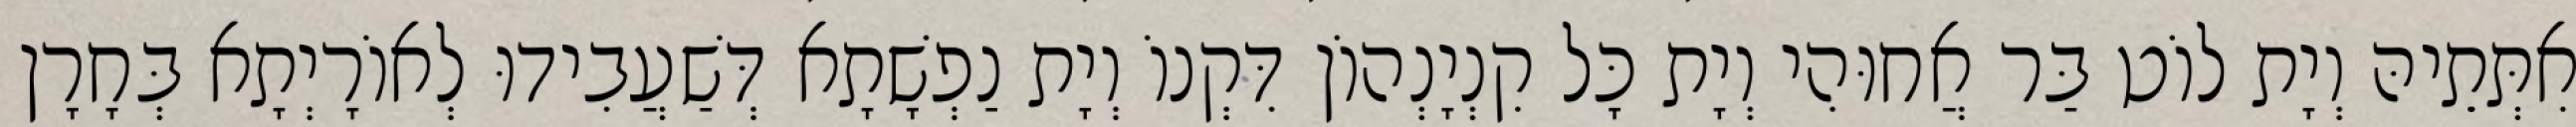
אִתְּתֵיהּ וְיָת לוֹט בַּר אֲחוּהִי וְיָת כָּל קִנְיָנְהוֹן דִּקְנוֹ וְיָת נַפְשָׁתָא דְּשַׁעֲבִידוּ לְאוֹרָיְתָא בְּחָרָן